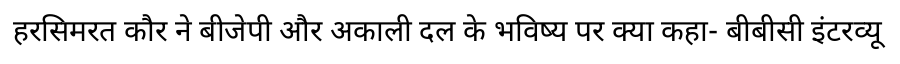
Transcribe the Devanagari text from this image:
हरसिमरत कौर ने बीजेपी और अकाली दल के भविष्य पर क्या कहा- बीबीसी इंटरव्यू